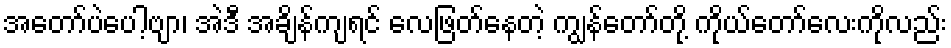
အတော်ပဲပေါ့ဗျာ၊ အဲဒီ အချိန်ကျရင် လေဖြတ်နေတဲ့ ကျွန်တော်တို့ ကိုယ်တော်လေးကိုလည်း